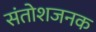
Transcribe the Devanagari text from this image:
संतोशजनक